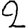
Digit: 2